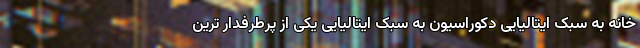
خانه به سبک ایتالیایی دکوراسیون به سبک ایتالیایی یکی از پرطرفدار ترین